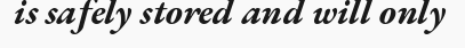
is safely stored and will only